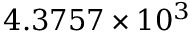
4 . 3 7 5 7 \times 1 0 ^ { 3 }